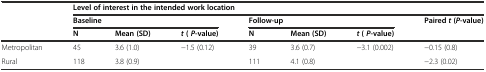
<table><thead><tr><td rowspan="2">[EMPTY_CELL]</td><td colspan="7"><b>Level of interest in the intended work location</b></td></tr><tr><td colspan="3"><b>Baseline</b></td><td colspan="3"><b>Follow-up</b></td><td><b>Paired <i>t</i>( <i>P</i>-value)</b></td></tr><tr><td>[EMPTY_CELL]</td><td><b>N</b></td><td><b>Mean (SD)</b></td><td><b><i>t</i>( <i>P</i>-value)</b></td><td><b>N</b></td><td><b>Mean (SD)</b></td><td><b><i>t</i>( <i>P</i>-value)</b></td><td>[EMPTY_CELL]</td></tr></thead><tbody><tr><td>Metropolitan</td><td>45</td><td>3.6 (1.0)</td><td>-1.5 (0.12)</td><td>39</td><td>3.6 (0.7)</td><td>-3.1 (0.002)</td><td>-0.15 (0.8)</td></tr><tr><td>Rural</td><td>118</td><td>3.8 (0.9)</td><td>[EMPTY_CELL]</td><td>111</td><td>4.1 (0.8)</td><td>[EMPTY_CELL]</td><td>-2.3 (0.02)</td></tr></tbody></table>